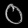
Digit: ၀